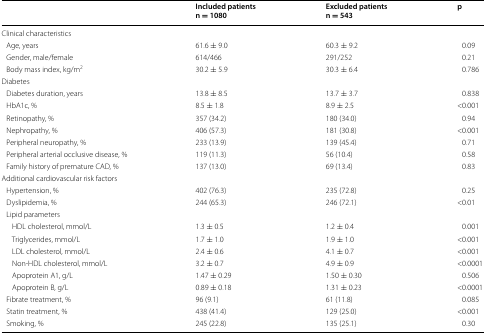
<table><thead><tr><td></td><td><b>Included patientsn = 1080</b></td><td><b>Excluded patientsn = 543</b></td><td><b>p</b></td></tr></thead><tbody><tr><td colspan="4">Clinical characteristics</td></tr><tr><td> Age, years</td><td>61.6 ± 9.0</td><td>60.3 ± 9.2</td><td>0.09</td></tr><tr><td> Gender, male/female</td><td>614/466</td><td>291/252</td><td>0.21</td></tr><tr><td> Body mass index, kg/m<sup>2</sup></td><td>30.2 ± 5.9</td><td>30.3 ± 6.4</td><td>0.786</td></tr><tr><td colspan="4">Diabetes</td></tr><tr><td> Diabetes duration, years</td><td>13.8 ± 8.5</td><td>13.7 ± 3.7</td><td>0.838</td></tr><tr><td> HbA1c, %</td><td>8.5 ± 1.8</td><td>8.9 ± 2.5</td><td>&lt;0.001</td></tr><tr><td> Retinopathy, %</td><td>357 (34.2)</td><td>180 (34.0)</td><td>0.94</td></tr><tr><td> Nephropathy, %</td><td>406 (57.3)</td><td>181 (30.8)</td><td>&lt;0.001</td></tr><tr><td> Peripheral neuropathy, %</td><td>233 (13.9)</td><td>139 (45.4)</td><td>0.71</td></tr><tr><td> Peripheral arterial occlusive disease, %</td><td>119 (11.3)</td><td>56 (10.4)</td><td>0.58</td></tr><tr><td> Family history of premature CAD, %</td><td>137 (13.0)</td><td>69 (13.4)</td><td>0.83</td></tr><tr><td colspan="4">Additional cardiovascular risk factors</td></tr><tr><td> Hypertension, %</td><td>402 (76.3)</td><td>235 (72.8)</td><td>0.25</td></tr><tr><td> Dyslipidemia, %</td><td>244 (65.3)</td><td>246 (72.1)</td><td>&lt;0.01</td></tr><tr><td colspan="4"> Lipid parameters</td></tr><tr><td>HDL cholesterol, mmol/L</td><td>1.3 ± 0.5</td><td>1.2 ± 0.4</td><td>0.001</td></tr><tr><td>Triglycerides, mmol/L</td><td>1.7 ± 1.0</td><td>1.9 ± 1.0</td><td>&lt;0.001</td></tr><tr><td>LDL cholesterol, mmol/L</td><td>2.4 ± 0.6</td><td>4.1 ± 0.7</td><td>&lt;0.001</td></tr><tr><td>Non-HDL cholesterol, mmol/L</td><td>3.2 ± 0.7</td><td>4.9 ± 0.9</td><td>&lt;0.0001</td></tr><tr><td>Apoprotein A1, g/L</td><td>1.47 ± 0.29</td><td>1.50 ± 0.30</td><td>0.506</td></tr><tr><td>Apoprotein B, g/L</td><td>0.89 ± 0.18</td><td>1.31 ± 0.23</td><td>&lt;0.0001</td></tr><tr><td> Fibrate treatment, %</td><td>96 (9.1)</td><td>61 (11.8)</td><td>0.085</td></tr><tr><td> Statin treatment, %</td><td>438 (41.4)</td><td>129 (25.0)</td><td>&lt;0.001</td></tr><tr><td> Smoking, %</td><td>245 (22.8)</td><td>135 (25.1)</td><td>0.30</td></tr></tbody></table>